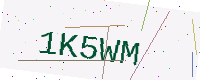
Text: 1K5WM